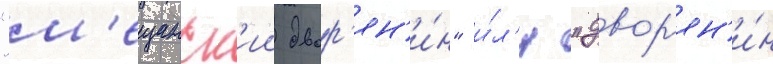
"м'ещанск'ии двор'ян'и́н" и́л'и "двор'ян'и́н